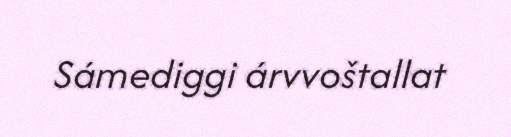
Sámediggi árvvoštallat